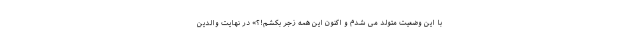
با این وضعیت متولد می شدم و اکنون این همه زجر بکشم!؟» در نهایت والدین